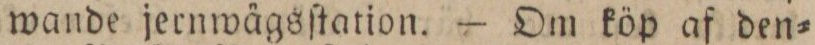
wande jernwägsſtation. — Om köp af den=